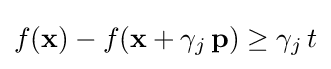
f(\mathbf {x} )-f(\mathbf {x} +\gamma _{j}\,\mathbf {p} )\geq \gamma _{j}\,t